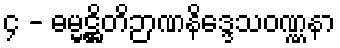
၄ - ဓမ္မဋ္ဌိတိဉာဏနိဒ္ဒေသဝဏ္ဏနာ